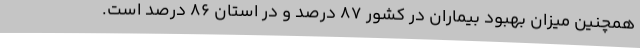
همچنین میزان بهبود بیماران در کشور 87 درصد و در استان 86 درصد است.